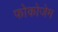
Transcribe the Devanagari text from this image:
फोकोजेम